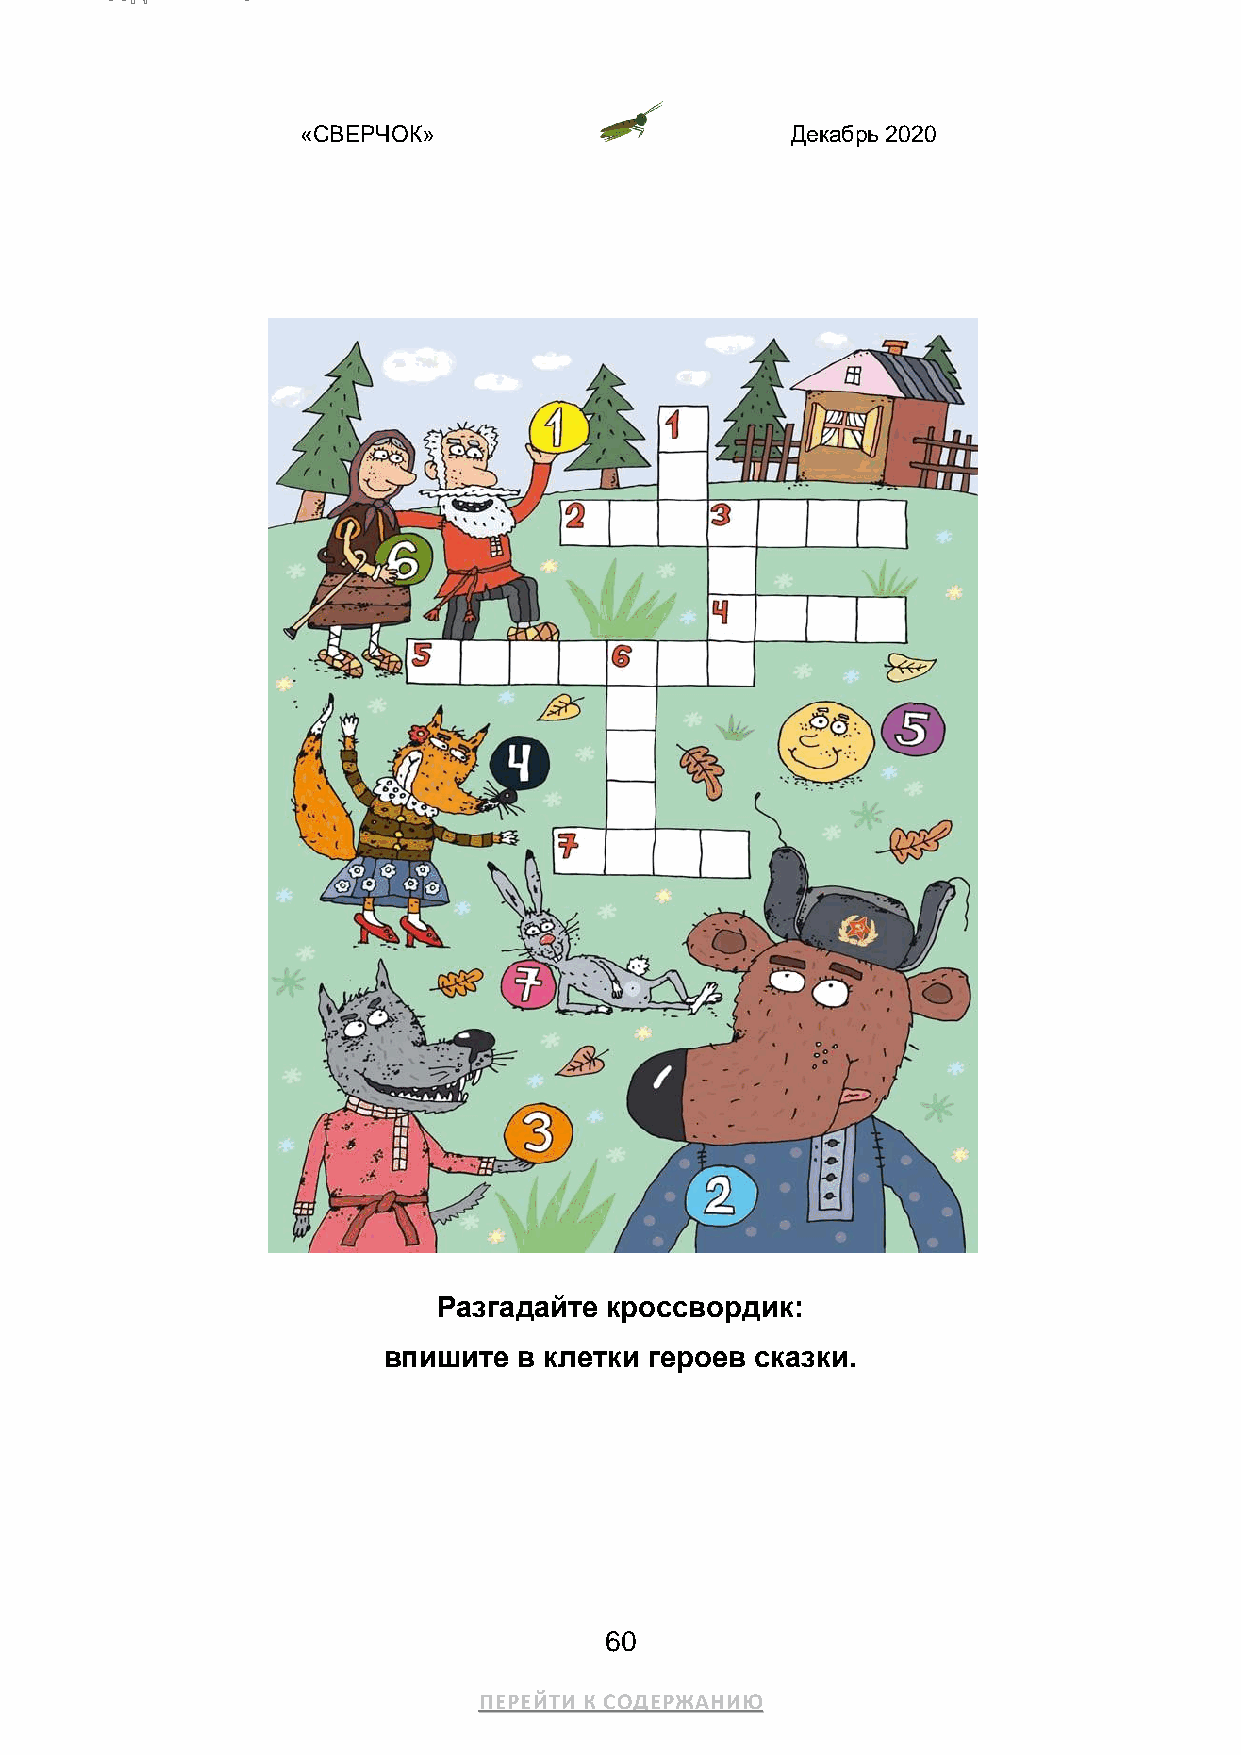
«СВЕРЧОК»                       Декабрь 2020
 Разгадайте кроссвордик:
 впишите  в клетки героев сказки.
 60
 ПЕРЕЙТИ К СОДЕРЖАНИЮ